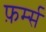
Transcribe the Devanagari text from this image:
फ़र्म्स